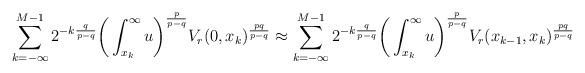
LaTeX: \begin{align*}\sum_{k=-\infty}^{M-1} 2^{-k\frac{q}{p-q}} \bigg( \int_{x_k}^{\infty} u \bigg)^{\frac{p}{p-q}} V_r(0,x_k) ^{\frac{pq}{p-q}} \approx \sum_{k=-\infty}^{M-1} 2^{-k\frac{q}{p-q}} \bigg( \int_{x_k}^{\infty} u \bigg)^{\frac{p}{p-q}} V_r(x_{k-1},x_k)^{\frac{pq}{p-q}}\end{align*}